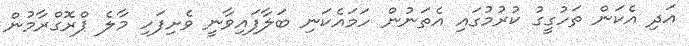
އަދި އެކަން ތަހުގީގު ކުރުމުގައި އެތަނުން ހަމައެކަނި ބަލާފައިވާނީ ވެށިފަހި މާލެ ޕްރޮގްރާމުން